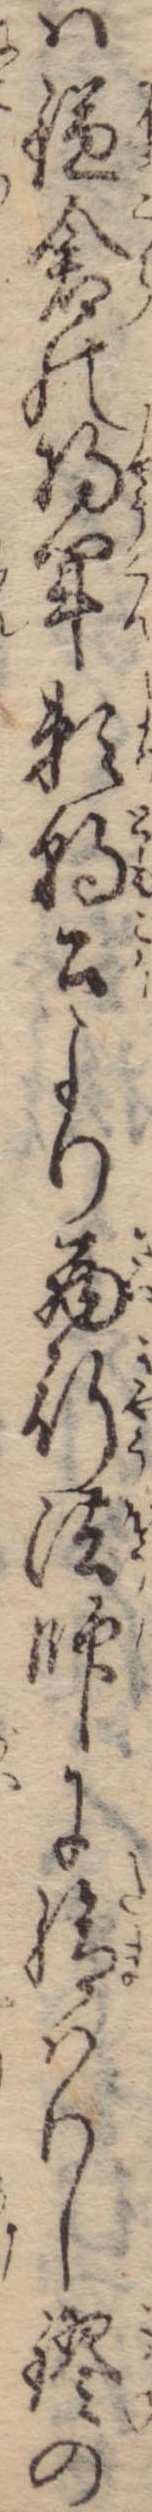
は鎌倉の将軍頼朝公より西行法師に給はりし鏐の